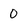
Character: 0